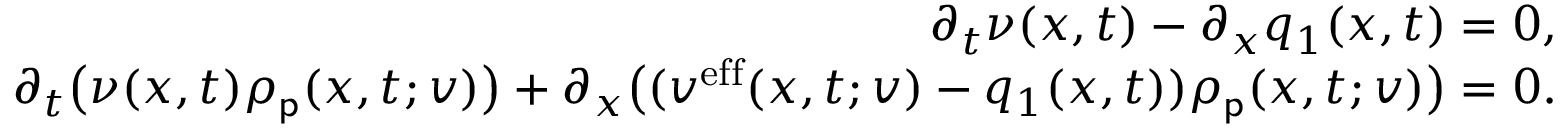
\begin{array} { r l r } & { } & { \partial _ { t } \nu ( x , t ) - \partial _ { x } q _ { 1 } ( x , t ) = 0 , } \\ & { } & { \partial _ { t } \big ( \nu ( x , t ) \rho _ { \mathsf { p } } ( x , t ; v ) \big ) + \partial _ { x } \big ( ( v ^ { \mathrm { e f f } } ( x , t ; v ) - q _ { 1 } ( x , t ) ) \rho _ { \mathsf { p } } ( x , t ; v ) \big ) = 0 . } \end{array}